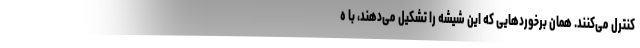
کنترل می‌کنند. همان برخوردهایی که این شیشه را تشکیل می‌دهند، با ه